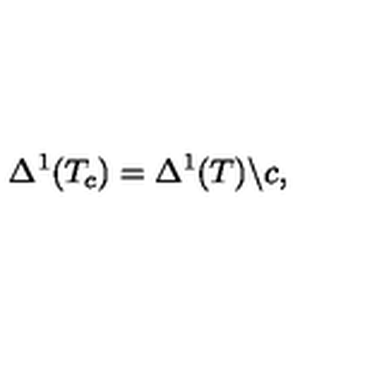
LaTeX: \Delta ^ { 1 } ( T _ { c } ) = \Delta ^ { 1 } ( T ) \backslash c ,